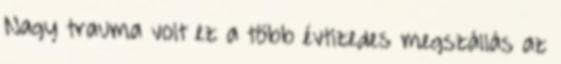
Nagy trauma volt ez a több évtizedes megszállás az